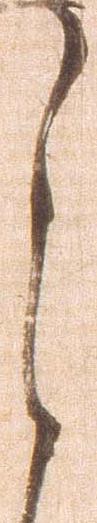
之